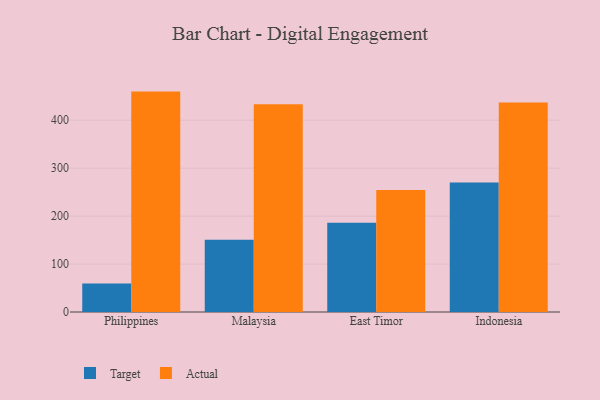
{"axis": {"x": "Country", "y": "Customer Acquisition Cost (USD)"}, "legend": ["Actual", "Target"], "data": [{"x": "Philippines", "y": 59.6, "type": "Target"}, {"x": "Philippines", "y": 459.7, "type": "Actual"}, {"x": "Malaysia", "y": 150.7, "type": "Target"}, {"x": "Malaysia", "y": 433.4, "type": "Actual"}, {"x": "East Timor", "y": 186.4, "type": "Target"}, {"x": "East Timor", "y": 254.7, "type": "Actual"}, {"x": "Indonesia", "y": 269.9, "type": "Target"}, {"x": "Indonesia", "y": 437.0, "type": "Actual"}]}